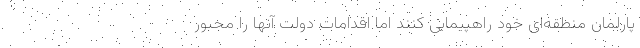
پارلمان منطقه‌ای خود راهپیمایی کنند اما اقدامات دولت آنها را مجبور